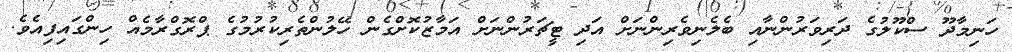
ހަނިމާދޫ ސްކޫލުގެ ދަރިވަރުންނާއި ބެލެނިވެރިންނަށް އަދި ޓީޗަރުންނަށް އަމާޒުކޮށްގެން ހޭލުންތެރިކުރުމުގެ ޕްރޮގްރާމެއް ހިންގައިފިއެވެ.